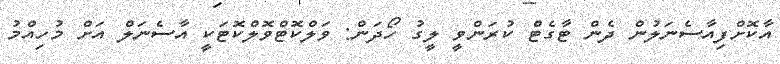
އާކޮށްފިއާސެނަލުން ދެން ޓާގެޓް ކުރަންވީ ލީގު ހޯދަން: ވަލްކޮޓްވޮލްކޮޓަކީ އާސެނަލް އަށް މުހިއްމު